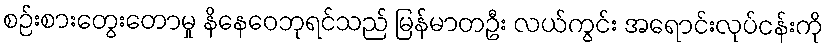
စဉ်းစားတွေးတောမှု နိနေဝေဘုရင်သည် မြန်မာတဦး လယ်ကွင်း အရောင်းလုပ်ငန်းကို